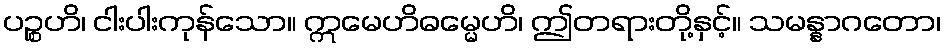
ပဉ္စဟိ၊ ငါးပါးကုန်သော။ ဣမေဟိဓမ္မေဟိ၊ ဤတရားတို့နှင့်။ သမန္နာဂတော၊